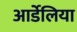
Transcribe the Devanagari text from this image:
आर्डेलिया